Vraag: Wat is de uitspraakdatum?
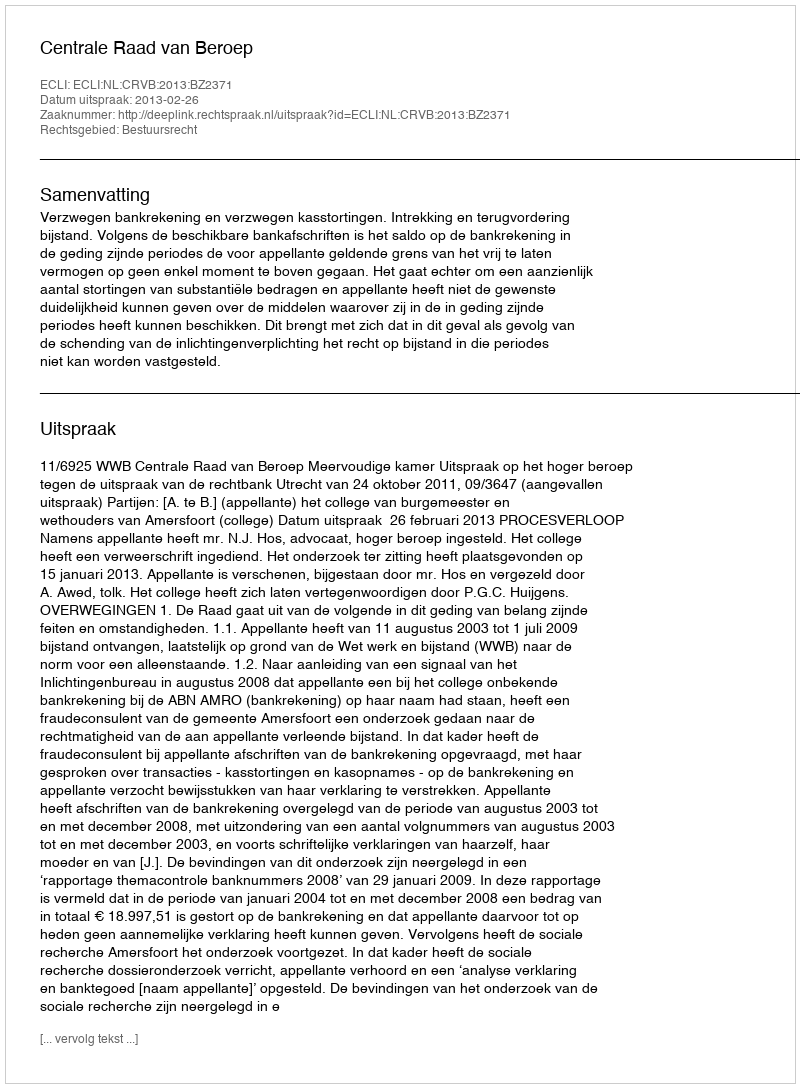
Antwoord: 2013-02-26